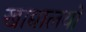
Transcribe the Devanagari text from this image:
खाद्यालयों